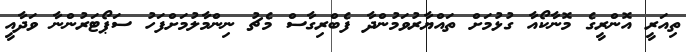
ތިއަރީ އޮންރީގެ މޮނާކޯއާ ގުުޅުމަށް ތައްޔާރުވަމުންދާ ފެބްރިގާސް މެޗު ނިންމާލުމަށްފަހު ސަޕޯޓަރުންނާ ވަދާއީ